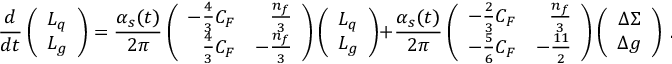
{ \frac { d } { d t } } \left( \begin{array} { c } { { L _ { q } } } \\ { { L _ { g } } } \end{array} \right) = { \frac { \alpha _ { s } ( t ) } { 2 \pi } } \left( \begin{array} { r r } { { - { \frac { 4 } { 3 } } C _ { F } } } & { { { \frac { n _ { f } } { 3 } } } } \\ { { { \frac { 4 } { 3 } } C _ { F } } } & { { - { \frac { n _ { f } } { 3 } } } } \end{array} \right) \left( \begin{array} { c } { { L _ { q } } } \\ { { L _ { g } } } \end{array} \right) + { \frac { \alpha _ { s } ( t ) } { 2 \pi } } \left( \begin{array} { r r } { { - { \frac { 2 } { 3 } } C _ { F } } } & { { { \frac { n _ { f } } { 3 } } } } \\ { { - { \frac { 5 } { 6 } } C _ { F } } } & { { - { \frac { 1 1 } { 2 } } } } \end{array} \right) \left( \begin{array} { c } { { \Delta \Sigma } } \\ { { \Delta g } } \end{array} \right) \ .